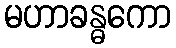
မဟာခန္ဓကော